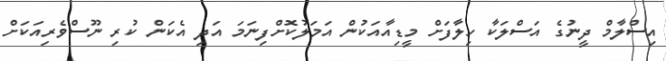
އިސްލާމް ދީނުގެ އަސްލަކާ ހިލާފަށް މީޑިއާއަކުން އަމަލުކޮށްފިނަމަ އަދި އެކަން ކުރި ނޫސްވެރިއަކަށް